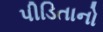
પીડિતાનો